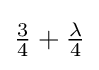
\textstyle {\frac {3}{4}}+\textstyle {\frac {\lambda }{4}}